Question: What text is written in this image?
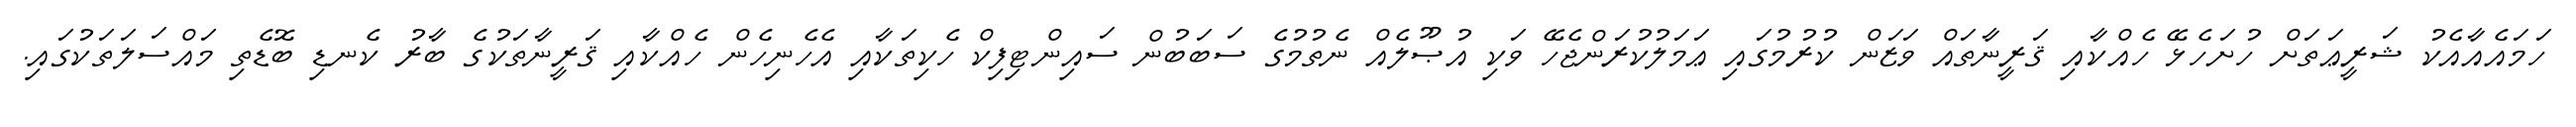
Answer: ހަމައެއާއެކު ޝަރީޢަތަށް ހުށަހެޅޭ ހެއްކާއި ޤަރީނާތައް ވަޒަން ކުރުމުގައި ޢަމަލުކުރަންޖެހޭ ވަކި އުޞޫލެއް ނެތުމުގެ ސަބަބުން ސައިންޓިފިކް ހެކިތަކާއި އެހެނިހެން ހެއްކާއި ޤަރީނާތަކުގެ ބާރު ކެނޑި ބޮޑެތި މައްސަލަތަކުގައި.